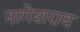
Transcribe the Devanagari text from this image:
नागेशराय